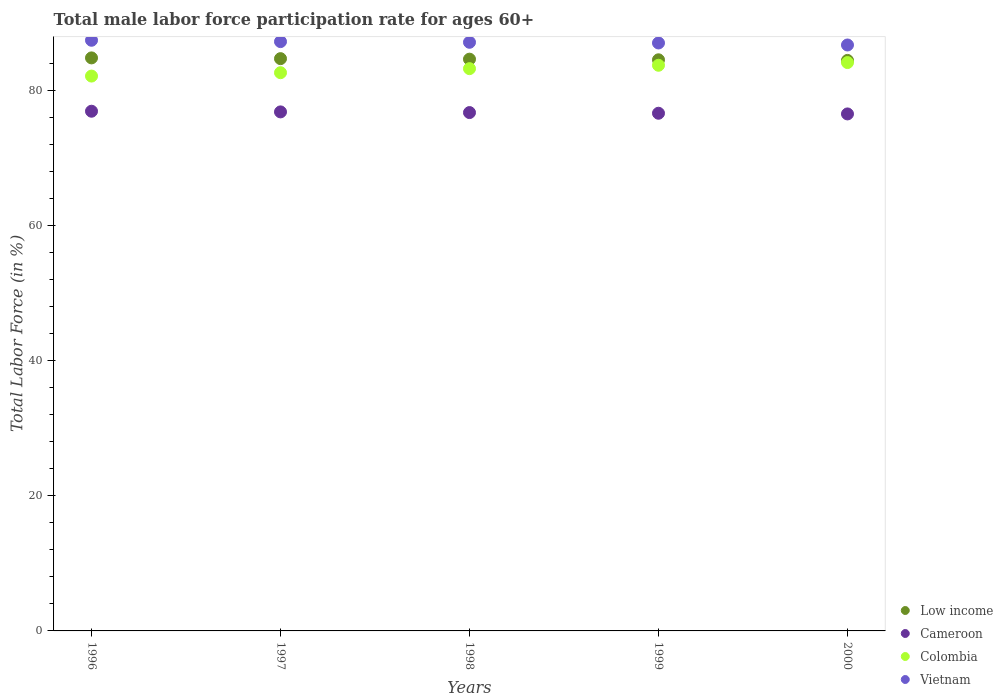
| Years | Low income | Cameroon | Colombia | Vietnam |
 | --- | --- | --- | --- | --- |
 | 1996 | 84.8 | 76.9 | 82.1 | 87.4 |
 | 1997 | 84.7 | 76.8 | 82.6 | 87.2 |
 | 1998 | 84.6 | 76.7 | 83.2 | 87.1 |
 | 1999 | 84.5 | 76.6 | 83.7 | 87 |
 | 2000 | 84.4 | 76.5 | 84.1 | 86.7 |